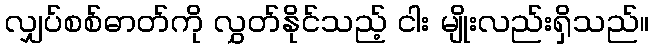
လျှပ်စစ်ဓာတ်ကို လွှတ်နိုင်သည့် ငါး မျိုးလည်းရှိသည်။